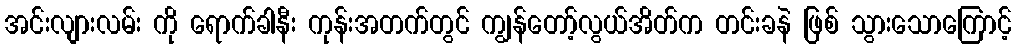
အင်းလျားလမ်း ကို ရောက်ခါနီး ကုန်းအတက်တွင် ကျွန်တော့်လွယ်အိတ်က တင်းခနဲ ဖြစ် သွားသောကြောင့်